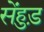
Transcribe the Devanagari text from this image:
सेंहुड़